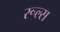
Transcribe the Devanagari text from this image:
रूल्‍स